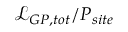
\mathcal { L } _ { G P , t o t } / P _ { s i t e }